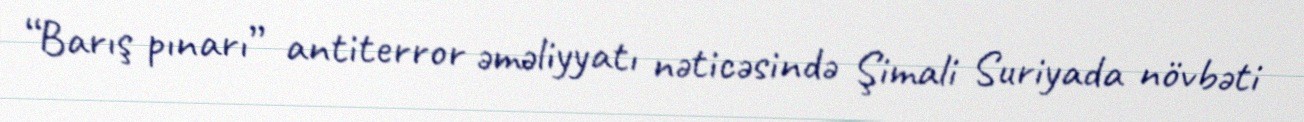
“Barış pınarı” antiterror əməliyyatı nəticəsində Şimali Suriyada növbəti